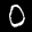
Label: 0